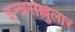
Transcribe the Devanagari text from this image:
इन्त्रसल्लुलार